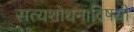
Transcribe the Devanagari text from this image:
सत्यशोधनाविषयी